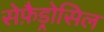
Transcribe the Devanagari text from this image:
सेफ़ैड्रोसिल